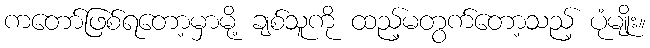
ကတော်ဖြစ်ရတော့မှာမို့ ချစ်သူကို ထည့်မတွက်တော့သည့် ပုံမျိုး။